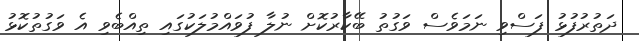
ދަތުރުފުޅު ފަސްވި ނަމަވެސް ވަގުތު ބޭކާރުކޮށް ނުލާ ފުވައްމުލަކުގައި ތިއްބެވި އެ ވަގުތުކޮޅު